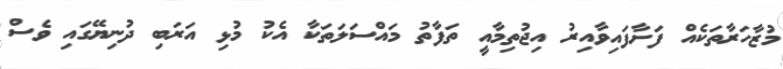
މުޒާހަރާތަކެއް ފަށާފައިވާއިރު އިޖުތިމާއީ ތަފާތު މައްސަލަތަކާ އެކު މުޅި އަރަބި ދުނިޔޭގައި ވެސް